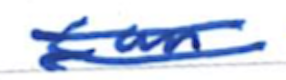
Text: can
Cross-out: double-line
Writing tool: ballpoint